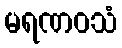
မရဏဝသံ